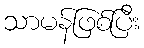
သာမန်ဖြစ်ပြီး